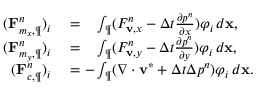
\begin{array} { r l } { ( \mathbf { F } _ { m _ { x } , \P } ^ { n } ) _ { i } } & { { } = \phantom { - } \int _ { \P } ( F _ { \mathbf { v } , x } ^ { n } - \Delta t \frac { \partial p ^ { n } } { \partial x } ) \varphi _ { i } \, d \mathbf { x } , } \\ { ( \mathbf { F } _ { m _ { y } , \P } ^ { n } ) _ { i } } & { { } = \phantom { - } \int _ { \P } ( F _ { \mathbf { v } , y } ^ { n } - \Delta t \frac { \partial p ^ { n } } { \partial y } ) \varphi _ { i } \, d \mathbf { x } , } \\ { ( \mathbf { F } _ { c , \P } ^ { n } ) _ { i } } & { { } = - \int _ { \P } ( \nabla \cdot \mathbf { v } ^ { \ast } + \Delta t \Delta p ^ { n } ) \varphi _ { i } \, d \mathbf { x } . } \end{array}